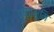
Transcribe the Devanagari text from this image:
पुष्ठभूमि